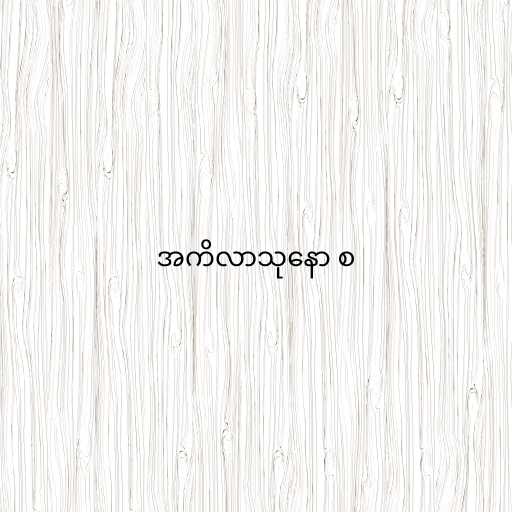
အကိလာသုနော စ